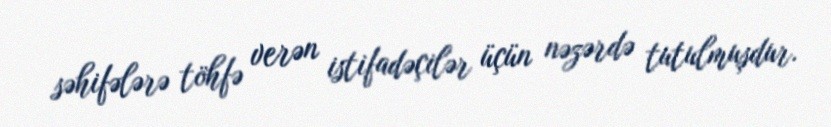
səhifələrə töhfə verən istifadəçilər üçün nəzərdə tutulmuşdur.